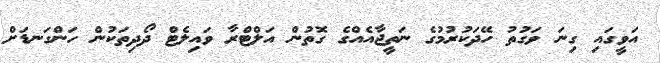
އަވީގައި ގިނަ ވަގުތު ހޭދަކުރުމުގެ ނަތީޖާއެއްގެ ގޮތުން އަލްޓްރާ ވައިލެޓް ދޯދިތަކުން ހަންގަނޑަށް